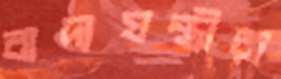
বাদ্যযন্ত্রীরা